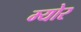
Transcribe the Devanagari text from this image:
म्‍योर